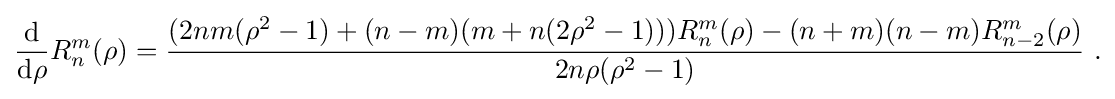
{\frac {\operatorname {d} }{\operatorname {d} \!\rho }}R_{n}^{m}(\rho )={\frac {(2nm(\rho ^{2}-1)+(n-m)(m+n(2\rho ^{2}-1)))R_{n}^{m}(\rho )-(n+m)(n-m)R_{n-2}^{m}(\rho )}{2n\rho (\rho ^{2}-1)}}{\text{ .}}